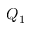
Q _ { 1 }